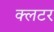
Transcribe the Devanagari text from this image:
क्लटर